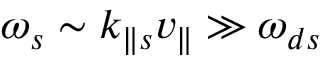
\omega _ { s } \sim k _ { \parallel s } v _ { \parallel } \gg \omega _ { d s }